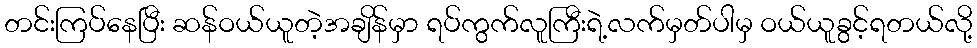
တင်းကြပ်နေပြီး ဆန်ဝယ်ယူတဲ့အချိန်မှာ ရပ်ကွက်လူကြီးရဲ့လက်မှတ်ပါမှ ဝယ်ယူခွင့်ရတယ်လို့